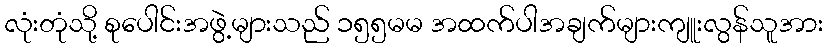
လုံးတုံသို့ စုပေါင်းအဖွဲ့များသည် ၁၅၅မမ အထက်ပါအချက်များကျူးလွန်သူအား